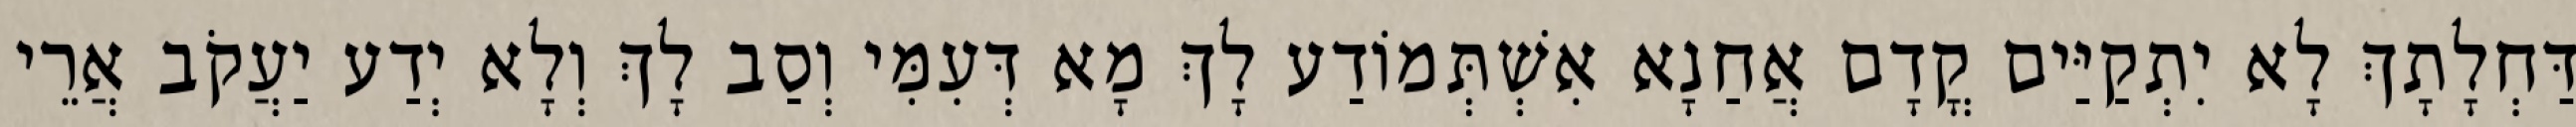
דַּחְלָתָךְ לָא יִתְקַיַּים קֳדָם אֲחַנָא אִשְׁתְּמוֹדַע לָךְ מָא דְּעִמִּי וְסַב לָךְ וְלָא יְדַע יַעֲקֹב אֲרֵי